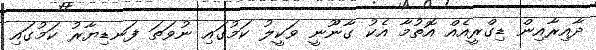
ދާއިރާއިން ޑިގްރީއެއް އޮތުމާ އެކު ގާނޫނީ ވަކީލު ކަމުގައި ނުވަތަ ފަނޑިޔާރު ކަމުގައި